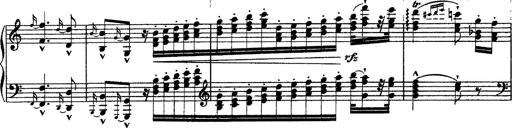
Title: Ã‰tudes d'exÃ©cution transcendante d'aprÃ¨s Paganini
Composer: Franz Liszt